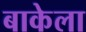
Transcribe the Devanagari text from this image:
बाकेला